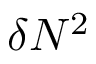
\delta N ^ { 2 }